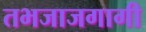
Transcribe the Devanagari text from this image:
तभजाजगागी